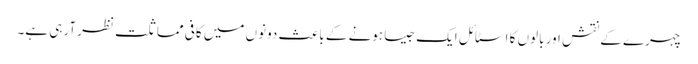
چہرے کے نقش اور بالوں کا اسٹائل ایک جیسا ہونے کے باعث دونوں میں کافی مماثلت نظر آرہی ہے۔